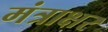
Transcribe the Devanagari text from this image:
मंत्राक्षर